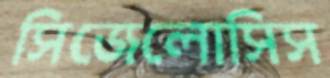
সিজেলোসিস